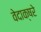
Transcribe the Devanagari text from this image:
वेदाक्षरे